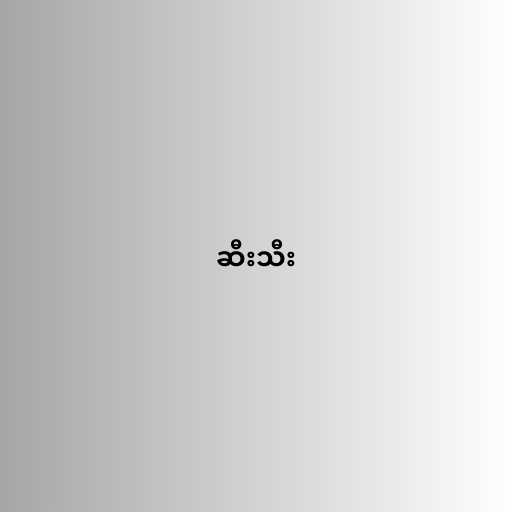
ဆီးသီး